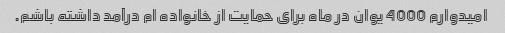
امیدوارم 4000 یوان در ماه برای حمایت از خانواده ام درآمد داشته باشم.